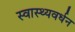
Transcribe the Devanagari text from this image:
स्वास्थ्यवर्धन